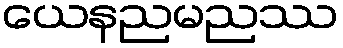
ယေနညမညဿ